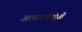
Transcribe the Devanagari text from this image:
अत्यानंदांमुळे